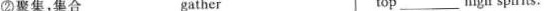
②聚集，集合 gather top ___ high spirits.